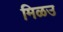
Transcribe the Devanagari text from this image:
मिळउ